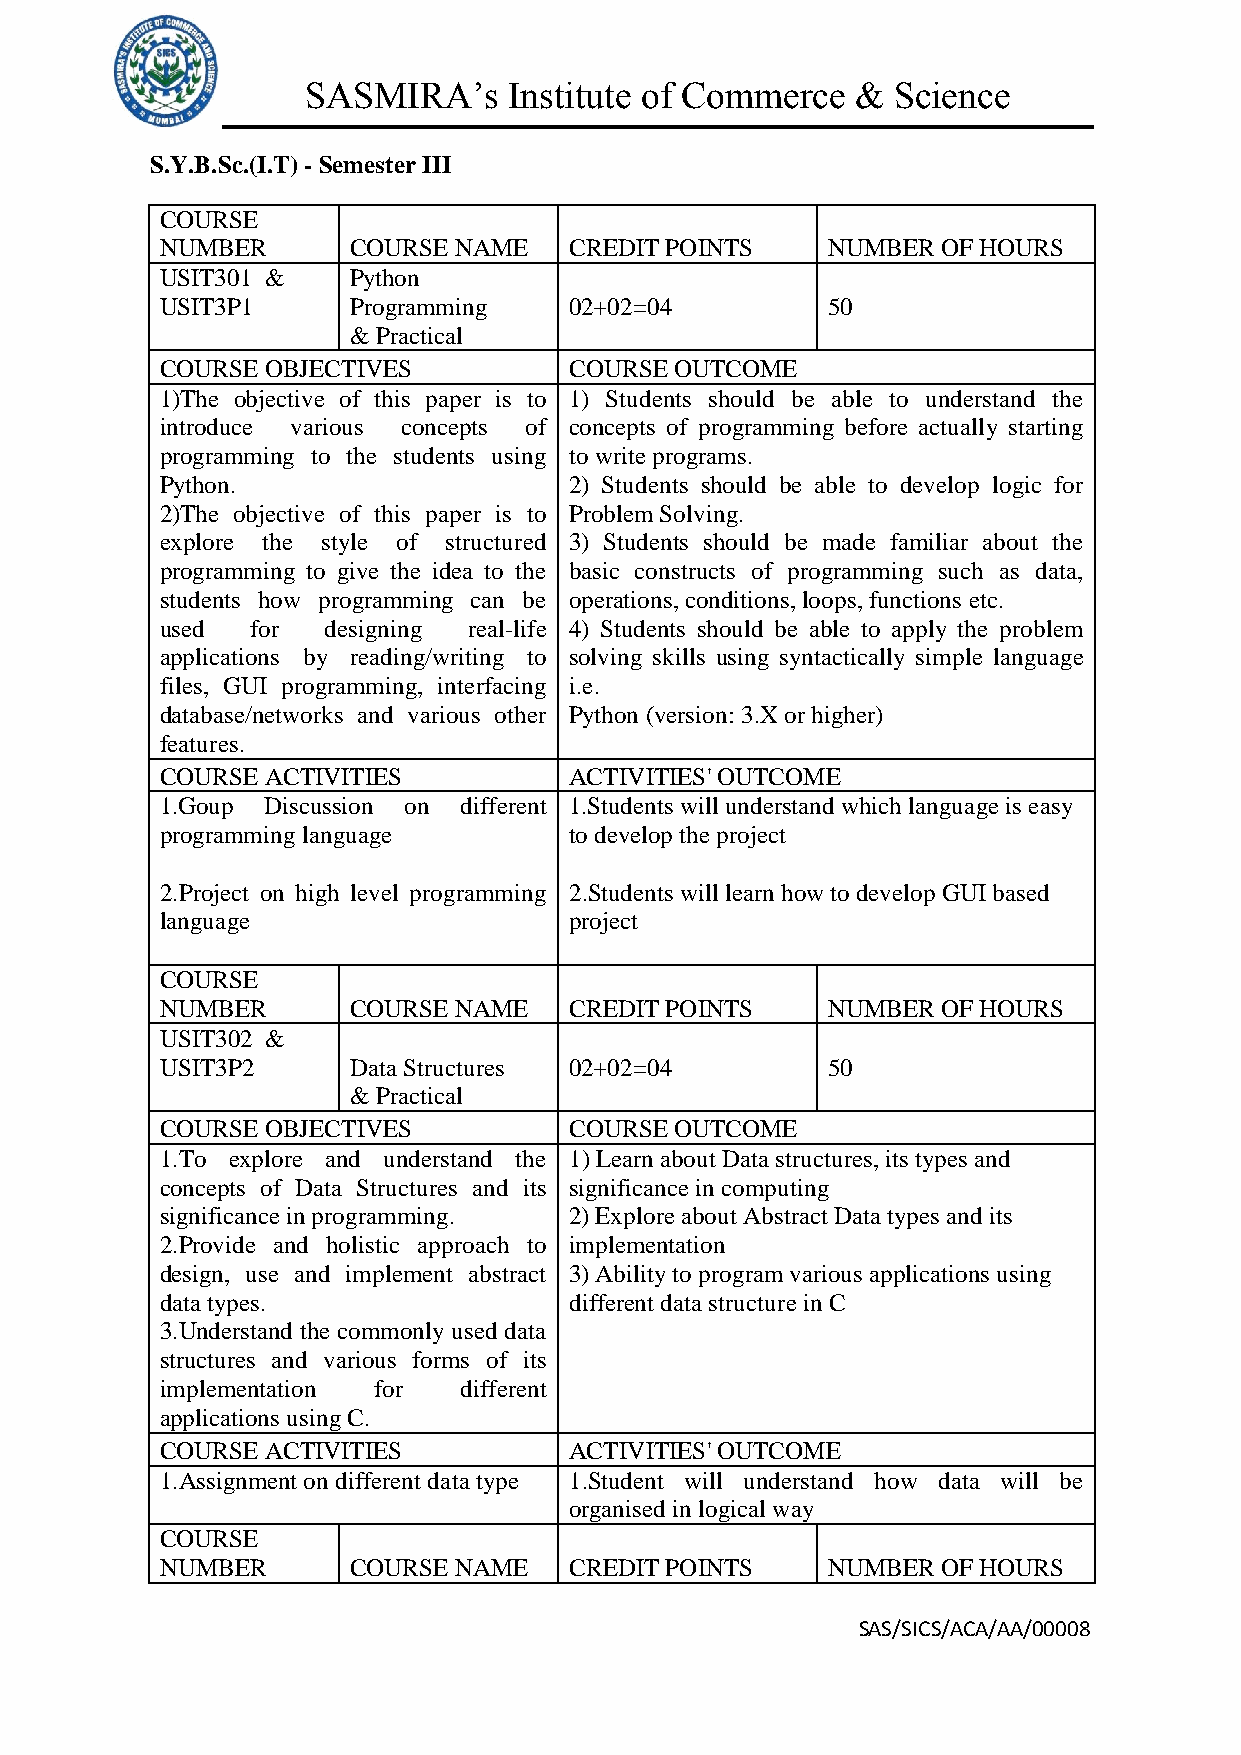
SASMIRA’s     Institute of Commerce  & Science
 S.Y.B.Sc.(I.T) - Semester III
 COURSE
 NUMBER      COURSE NAME    CREDIT POINTS    NUMBER OF HOURS
 USIT301 &   Python
 USIT3P1     Programming    02+02=04         50
 & Practical
 COURSE OBJECTIVES          COURSE OUTCOME
 1)The objective of this paper is to 1) Students should be able to understand the
 introduce various concepts of concepts of programming before actually starting
 programming to the students using to write programs.
 Python.                    2) Students should be able to develop logic for
 2)The objective of this paper is to Problem Solving.
 explore the style of structured 3) Students should be made familiar about the
 programming to give the idea to the basic constructs of programming such as data,
 students how programming can be operations, conditions, loops, functions etc.
 used  for  designing real-life 4) Students should be able to apply the problem
 applications by reading/writing to solving skills using syntactically simple language
 files, GUI programming, interfacing i.e.
 database/networks and various other Python (version: 3.X or higher)
 features.
 COURSE ACTIVITIES          ACTIVITIES' OUTCOME
 1.Goup Discussion on different 1.Students will understand which language is easy
 programming language       to develop the project
 2.Project on high level programming 2.Students will learn how to develop GUI based
 language                   project
 COURSE
 NUMBER      COURSE NAME    CREDIT POINTS    NUMBER OF HOURS
 USIT302 &
 USIT3P2     Data Structures 02+02=04        50
 & Practical
 COURSE OBJECTIVES          COURSE OUTCOME
 1.To explore and understand the 1) Learn about Data structures, its types and
 concepts of Data Structures and its significance in computing
 significance in programming. 2) Explore about Abstract Data types and its
 2.Provide and holistic approach to implementation
 design, use and implement abstract 3) Ability to program various applications using
 data types.                different data structure in C
 3.Understand the commonly used data
 structures and various forms of its
 implementation for different
 applications using C.
 COURSE ACTIVITIES          ACTIVITIES' OUTCOME
 1.Assignment on different data type 1.Student will understand how data will be
 organised in logical way
 COURSE
 NUMBER      COURSE NAME    CREDIT POINTS    NUMBER OF HOURS
 SAS/SICS/ACA/AA/00008